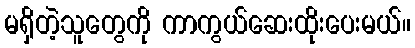
မရှိတဲ့သူတွေကို ကာကွယ်ဆေးထိုးပေးမယ်။